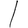
Digit: 1